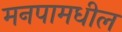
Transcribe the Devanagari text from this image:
मनपामधील